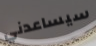
سيساعدني